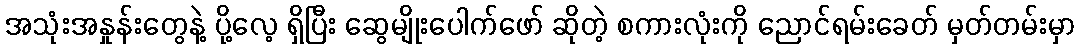
အသုံးအနှုန်းတွေနဲ့ ပို့လေ့ ရှိပြီး ဆွေမျိုးပေါက်ဖော် ဆိုတဲ့ စကားလုံးကို ညောင်ရမ်းခေတ် မှတ်တမ်းမှာ